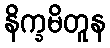
နိက္ခမိတူန